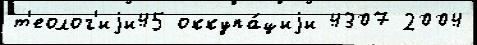
т'еолог'иjи45 оккупа́циjи 4307 2004